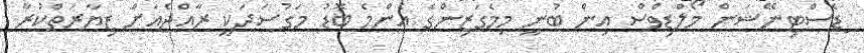
ިޑެސްޓިނޭޝަން މޯލްޑިވްސް އިން ބުނީ މިމެގަޒިންގެ އެންމެ ބޮޑު މަގުސަދަކީ ރާއްޖެއަށް ޒިޔާރަތްކުރާ